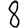
Digit: 8